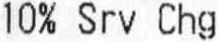
10% SRV CHG